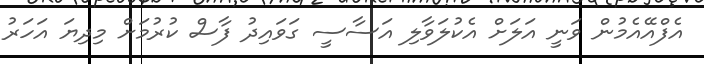
އެފްއޭއެމުން ވަނީ އަލަށް އެކުލަވާލި އަސާސީ ގަވައިދު ފާސް ކުރުމަށް މިދިޔަ އަހަރު